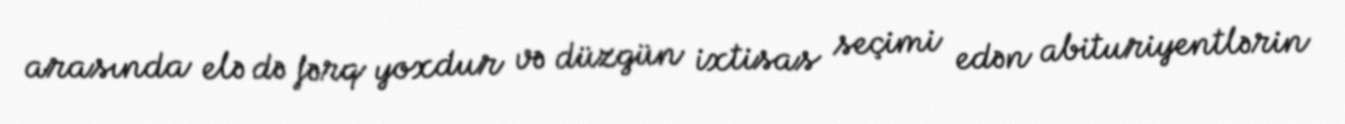
arasında elə də fərq yoxdur və düzgün ixtisas seçimi edən abituriyentlərin